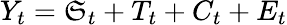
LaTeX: Y_{t}=\mathfrak{S}_{t}+T_{t}+C_{t}+E_{t}